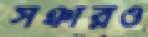
সঞ্চারও